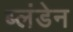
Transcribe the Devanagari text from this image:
ब्लंडेन